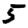
Digit: 5